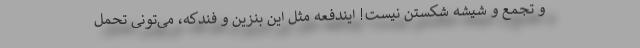
و تجمع و شیشه شکستن نیست! ایندفعه مثل این بنزین و فندکه، می‌تونی تحمل